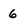
Character: 6